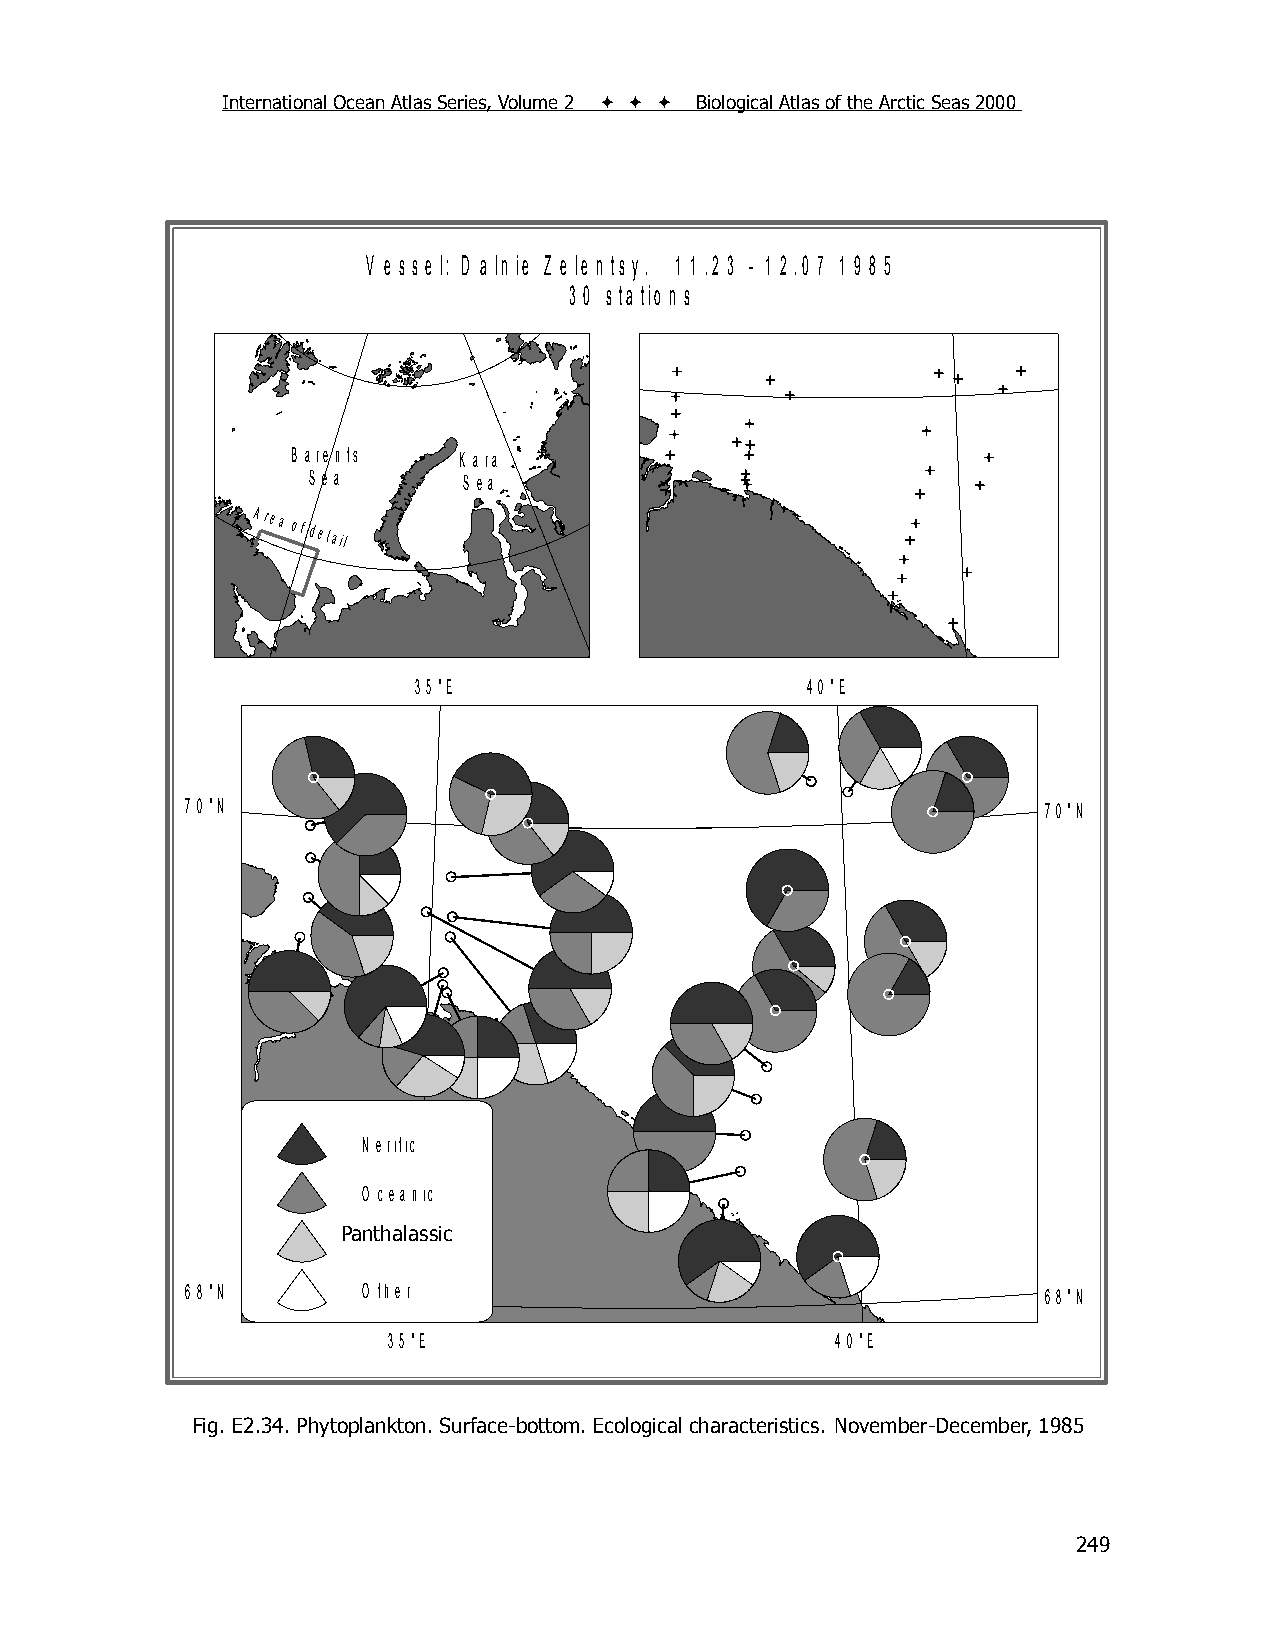
International Ocean Atlas Series, Volume 2    Biological Atlas of the Arctic Seas 2000
 V e s s e l: D a ln ie Z e le n ts y . 1 1 .2 3 - 1 2 .0 7 1 9 8 5
 3 0 s ta tio n s
 B a re n ts K a ra
 S e a      S e a
 Area
 of detail
 3 5 °E                    4 0 °E
 7 0 °N                                                   7 0 °N
 N e ritic
 O ce a n ic
 Panthalassic
 P a n th a la ssik
 6 8 °N      O th er                                      6 8 °N
 3 5 °E                       4 0 °E
 Fig. E2.34. Phytoplankton. Surface-bottom. Ecological characteristics. November-December, 1985
 249